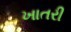
ખાતરી